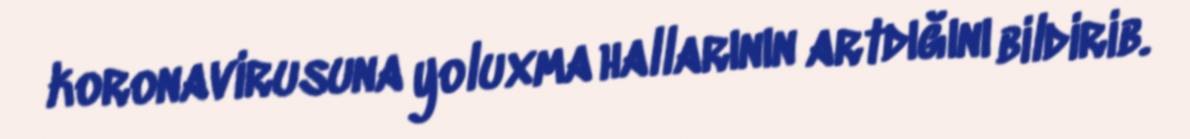
koronavirusuna yoluxma hallarının artdığını bildirib.